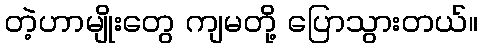
တဲ့ဟာမျိုးတွေ ကျမတို့ ပြောသွားတယ်။